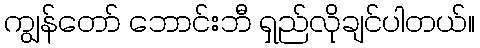
ကျွန်တော် ဘောင်းဘီ ရှည်လိုချင်ပါတယ်။